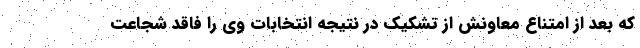
که بعد از امتناع معاونش از تشکیک در نتیجه انتخابات وی را فاقد شجاعت